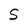
Character: S